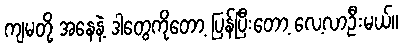
ကျမတို့ အနေနဲ့ ဒါတွေကိုတော့ ပြန်ပြီးတော့ လေ့လာဦးမယ်။